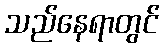
သည်နေရာတွင်